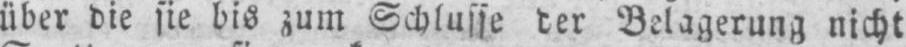
über die sie bis zum Schlusse der Belagerung nicht